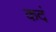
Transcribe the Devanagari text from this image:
कदं